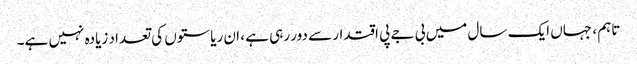
تاہم ، جہاں ایک سال میں بی جے پی اقتدار سے دور رہی ہے ، ان ریاستوں کی تعداد زیادہ نہیں ہے۔